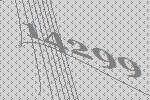
14299